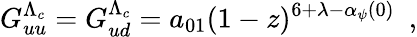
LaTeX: G_{uu}^{\Lambda_{c}}=G_{ud}^{\Lambda_{c}}=a_{01}(1-z)^{6+\lambda-\alpha_{\psi}(0)}\ \ ,